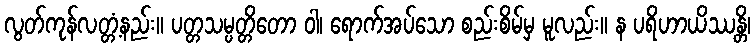
လွတ်ကုန်လတ္တံ့နည်း။ ပတ္တသမ္ပတ္တိတော ဝါ၊ ရောက်အပ်သော စည်းစိမ်မှ မူလည်း။ န ပရိဟာယိဿန္တိ၊